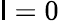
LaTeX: \mathsf{l}=0